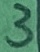
Text: 3